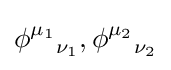
{\phi ^{\mu _{1}}}_{\nu _{1}},{\phi ^{\mu _{2}}}_{\nu _{2}}